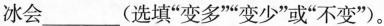
冰会___(选填”变多””变少”或”不变”)。